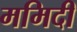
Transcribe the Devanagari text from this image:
ममिदी